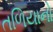
તળિયાનો